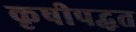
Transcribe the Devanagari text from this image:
कृषीपद्धत